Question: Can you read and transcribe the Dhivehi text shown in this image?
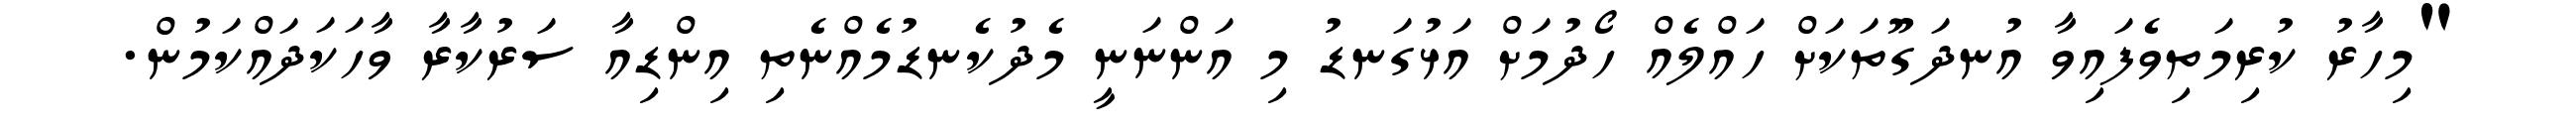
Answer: "މިހާރު ކުރިމަތިވެފައިވާ އުނދަގޫތަކަށް ހައްލެއް ހޯދުމަށް އަޅުގަނޑު މި އަންނަނީ މެދުކެނޑުމެއްނެތި އިންޑިއާ ސަރުކާރާ ވާހަކަދައްކަމުން.